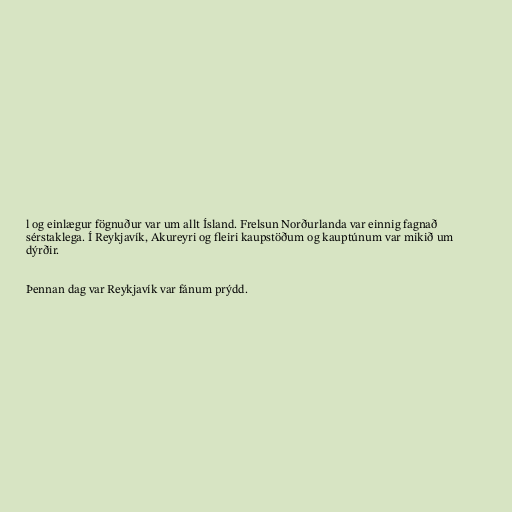
l og einlægur fögnuður var um allt Ísland. Frelsun Norðurlanda var einnig fagnað
sérstaklega. Í Reykjavík, Akureyri og fleiri kaupstöðum og kauptúnum var mikið um
dýrðir.

Þennan dag var Reykjavík var fánum prýdd.